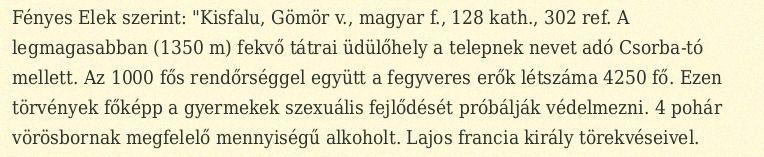
Fényes Elek szerint: "Kisfalu, Gömör v., magyar f., 128 kath., 302 ref. A legmagasabban (1350 m) fekvő tátrai üdülőhely a telepnek nevet adó Csorba-tó mellett. Az 1000 fős rendőrséggel együtt a fegyveres erők létszáma 4250 fő. Ezen törvények főképp a gyermekek szexuális fejlődését próbálják védelmezni. 4 pohár vörösbornak megfelelő mennyiségű alkoholt. Lajos francia király törekvéseivel.